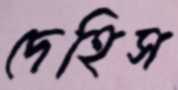
দেহিস